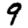
Digit: 9